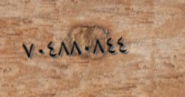
٧٠٤٨٨٠٨٤٤